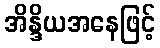
အိန္ဒိယအနေဖြင့်